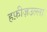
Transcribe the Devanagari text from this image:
हफ़ीज़उल्ला